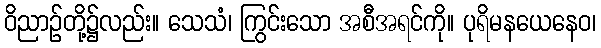
ဝိညာဉ်တို့၌လည်း။ သေသံ၊ ကြွင်းသော အစီအရင်ကို။ ပုရိမနယေနေဝ၊